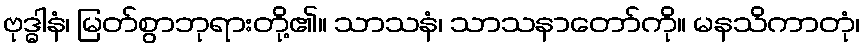
ဗုဒ္ဓါနံ၊ မြတ်စွာဘုရားတို့၏။ သာသနံ၊ သာသနာတော်ကို။ မနသိကာတုံ၊